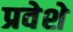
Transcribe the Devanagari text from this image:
प्रवेशे